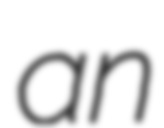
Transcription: an